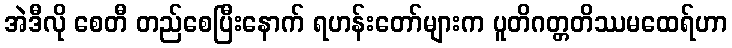
အဲဒီလို စေတီ တည်စေပြီးနောက် ရဟန်းတော်များက ပူတိဂတ္တတိဿမထေရ်ဟာ